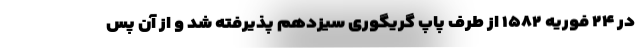
در ۲۴ فوریهٔ ۱۵۸۲ از طرف پاپ گریگوری سیزدهم پذیرفته شد و از آن پس